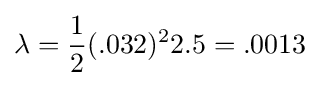
\lambda ={\frac {1}{2}}(.032)^{2}2.5=.0013